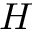
H